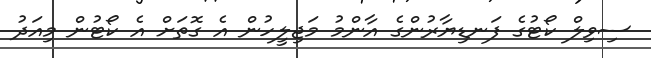
ސިވިލް ކޯޓުގެ ފަނޑިޔާރުންގެ އާންމު މަޖިލީހުން އެ ގޮތަށް އެ ކޯޓުން މިއަދު